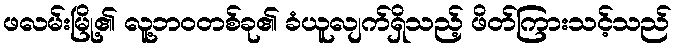
ဖလမ်းမြို့၏ လူ့ဘဝတစ်ခု၏ ခံယူလျက်ရှိသည့် ဖိတ်ကြားသင့်သည်